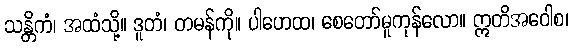
သန္တိကံ၊ အထံသို့။ ဒူတံ၊ တမန်ကို။ ပါဟေထ၊ စေတော်မူကုန်လော။ ဣတိအဝေါစ၊